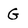
Character: G